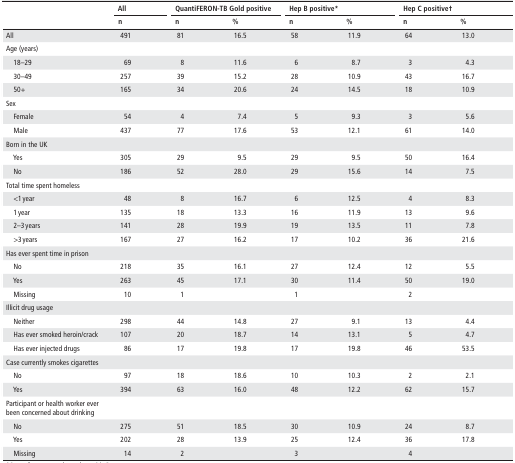
<table><thead><tr><td rowspan="2"></td><td><b>All</b></td><td colspan="2"><b>QuantiFERON-TB Gold positive</b></td><td colspan="2"><b>Hep B positive*</b></td><td colspan="2"><b>Hep C positive†</b></td></tr><tr><td><b>n</b></td><td><b>n</b></td><td><b>%</b></td><td><b>n</b></td><td><b>%</b></td><td><b>n</b></td><td><b>%</b></td></tr></thead><tbody><tr><td>All</td><td>491</td><td>81</td><td>16.5</td><td>58</td><td>11.9</td><td>64</td><td>13.0</td></tr><tr><td>Age (years)</td><td></td><td></td><td></td><td></td><td></td><td></td><td></td></tr><tr><td> 18–29</td><td>69</td><td>8</td><td>11.6</td><td>6</td><td>8.7</td><td>3</td><td>4.3</td></tr><tr><td> 30–49</td><td>257</td><td>39</td><td>15.2</td><td>28</td><td>10.9</td><td>43</td><td>16.7</td></tr><tr><td> 50+</td><td>165</td><td>34</td><td>20.6</td><td>24</td><td>14.5</td><td>18</td><td>10.9</td></tr><tr><td>Sex</td><td></td><td></td><td></td><td></td><td></td><td></td><td></td></tr><tr><td> Female</td><td>54</td><td>4</td><td>7.4</td><td>5</td><td>9.3</td><td>3</td><td>5.6</td></tr><tr><td> Male</td><td>437</td><td>77</td><td>17.6</td><td>53</td><td>12.1</td><td>61</td><td>14.0</td></tr><tr><td>Born in the UK</td><td></td><td></td><td></td><td></td><td></td><td></td><td></td></tr><tr><td> Yes</td><td>305</td><td>29</td><td>9.5</td><td>29</td><td>9.5</td><td>50</td><td>16.4</td></tr><tr><td> No</td><td>186</td><td>52</td><td>28.0</td><td>29</td><td>15.6</td><td>14</td><td>7.5</td></tr><tr><td>Total time spent homeless</td><td></td><td></td><td></td><td></td><td></td><td></td><td></td></tr><tr><td> &lt;1 year</td><td>48</td><td>8</td><td>16.7</td><td>6</td><td>12.5</td><td>4</td><td>8.3</td></tr><tr><td> 1 year</td><td>135</td><td>18</td><td>13.3</td><td>16</td><td>11.9</td><td>13</td><td>9.6</td></tr><tr><td> 2–3 years</td><td>141</td><td>28</td><td>19.9</td><td>19</td><td>13.5</td><td>11</td><td>7.8</td></tr><tr><td> &gt;3 years</td><td>167</td><td>27</td><td>16.2</td><td>17</td><td>10.2</td><td>36</td><td>21.6</td></tr><tr><td>Has ever spent time in prison</td><td></td><td></td><td></td><td></td><td></td><td></td><td></td></tr><tr><td> No</td><td>218</td><td>35</td><td>16.1</td><td>27</td><td>12.4</td><td>12</td><td>5.5</td></tr><tr><td> Yes</td><td>263</td><td>45</td><td>17.1</td><td>30</td><td>11.4</td><td>50</td><td>19.0</td></tr><tr><td> Missing</td><td>10</td><td>1</td><td></td><td>1</td><td></td><td>2</td><td></td></tr><tr><td>Illicit drug usage</td><td></td><td></td><td></td><td></td><td></td><td></td><td></td></tr><tr><td> Neither</td><td>298</td><td>44</td><td>14.8</td><td>27</td><td>9.1</td><td>13</td><td>4.4</td></tr><tr><td> Has ever smoked heroin/crack</td><td>107</td><td>20</td><td>18.7</td><td>14</td><td>13.1</td><td>5</td><td>4.7</td></tr><tr><td> Has ever injected drugs</td><td>86</td><td>17</td><td>19.8</td><td>17</td><td>19.8</td><td>46</td><td>53.5</td></tr><tr><td>Case currently smokes cigarettes</td><td></td><td></td><td></td><td></td><td></td><td></td><td></td></tr><tr><td> No</td><td>97</td><td>18</td><td>18.6</td><td>10</td><td>10.3</td><td>2</td><td>2.1</td></tr><tr><td> Yes</td><td>394</td><td>63</td><td>16.0</td><td>48</td><td>12.2</td><td>62</td><td>15.7</td></tr><tr><td>Participant or health worker ever been concerned about drinking</td><td></td><td></td><td></td><td></td><td></td><td></td><td></td></tr><tr><td> No</td><td>275</td><td>51</td><td>18.5</td><td>30</td><td>10.9</td><td>24</td><td>8.7</td></tr><tr><td> Yes</td><td>202</td><td>28</td><td>13.9</td><td>25</td><td>12.4</td><td>36</td><td>17.8</td></tr><tr><td> Missing</td><td>14</td><td>2</td><td></td><td>3</td><td></td><td>4</td><td></td></tr></tbody></table>